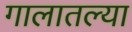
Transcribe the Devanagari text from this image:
गालातल्या